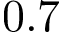
0 . 7